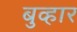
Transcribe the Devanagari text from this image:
बुव्हार